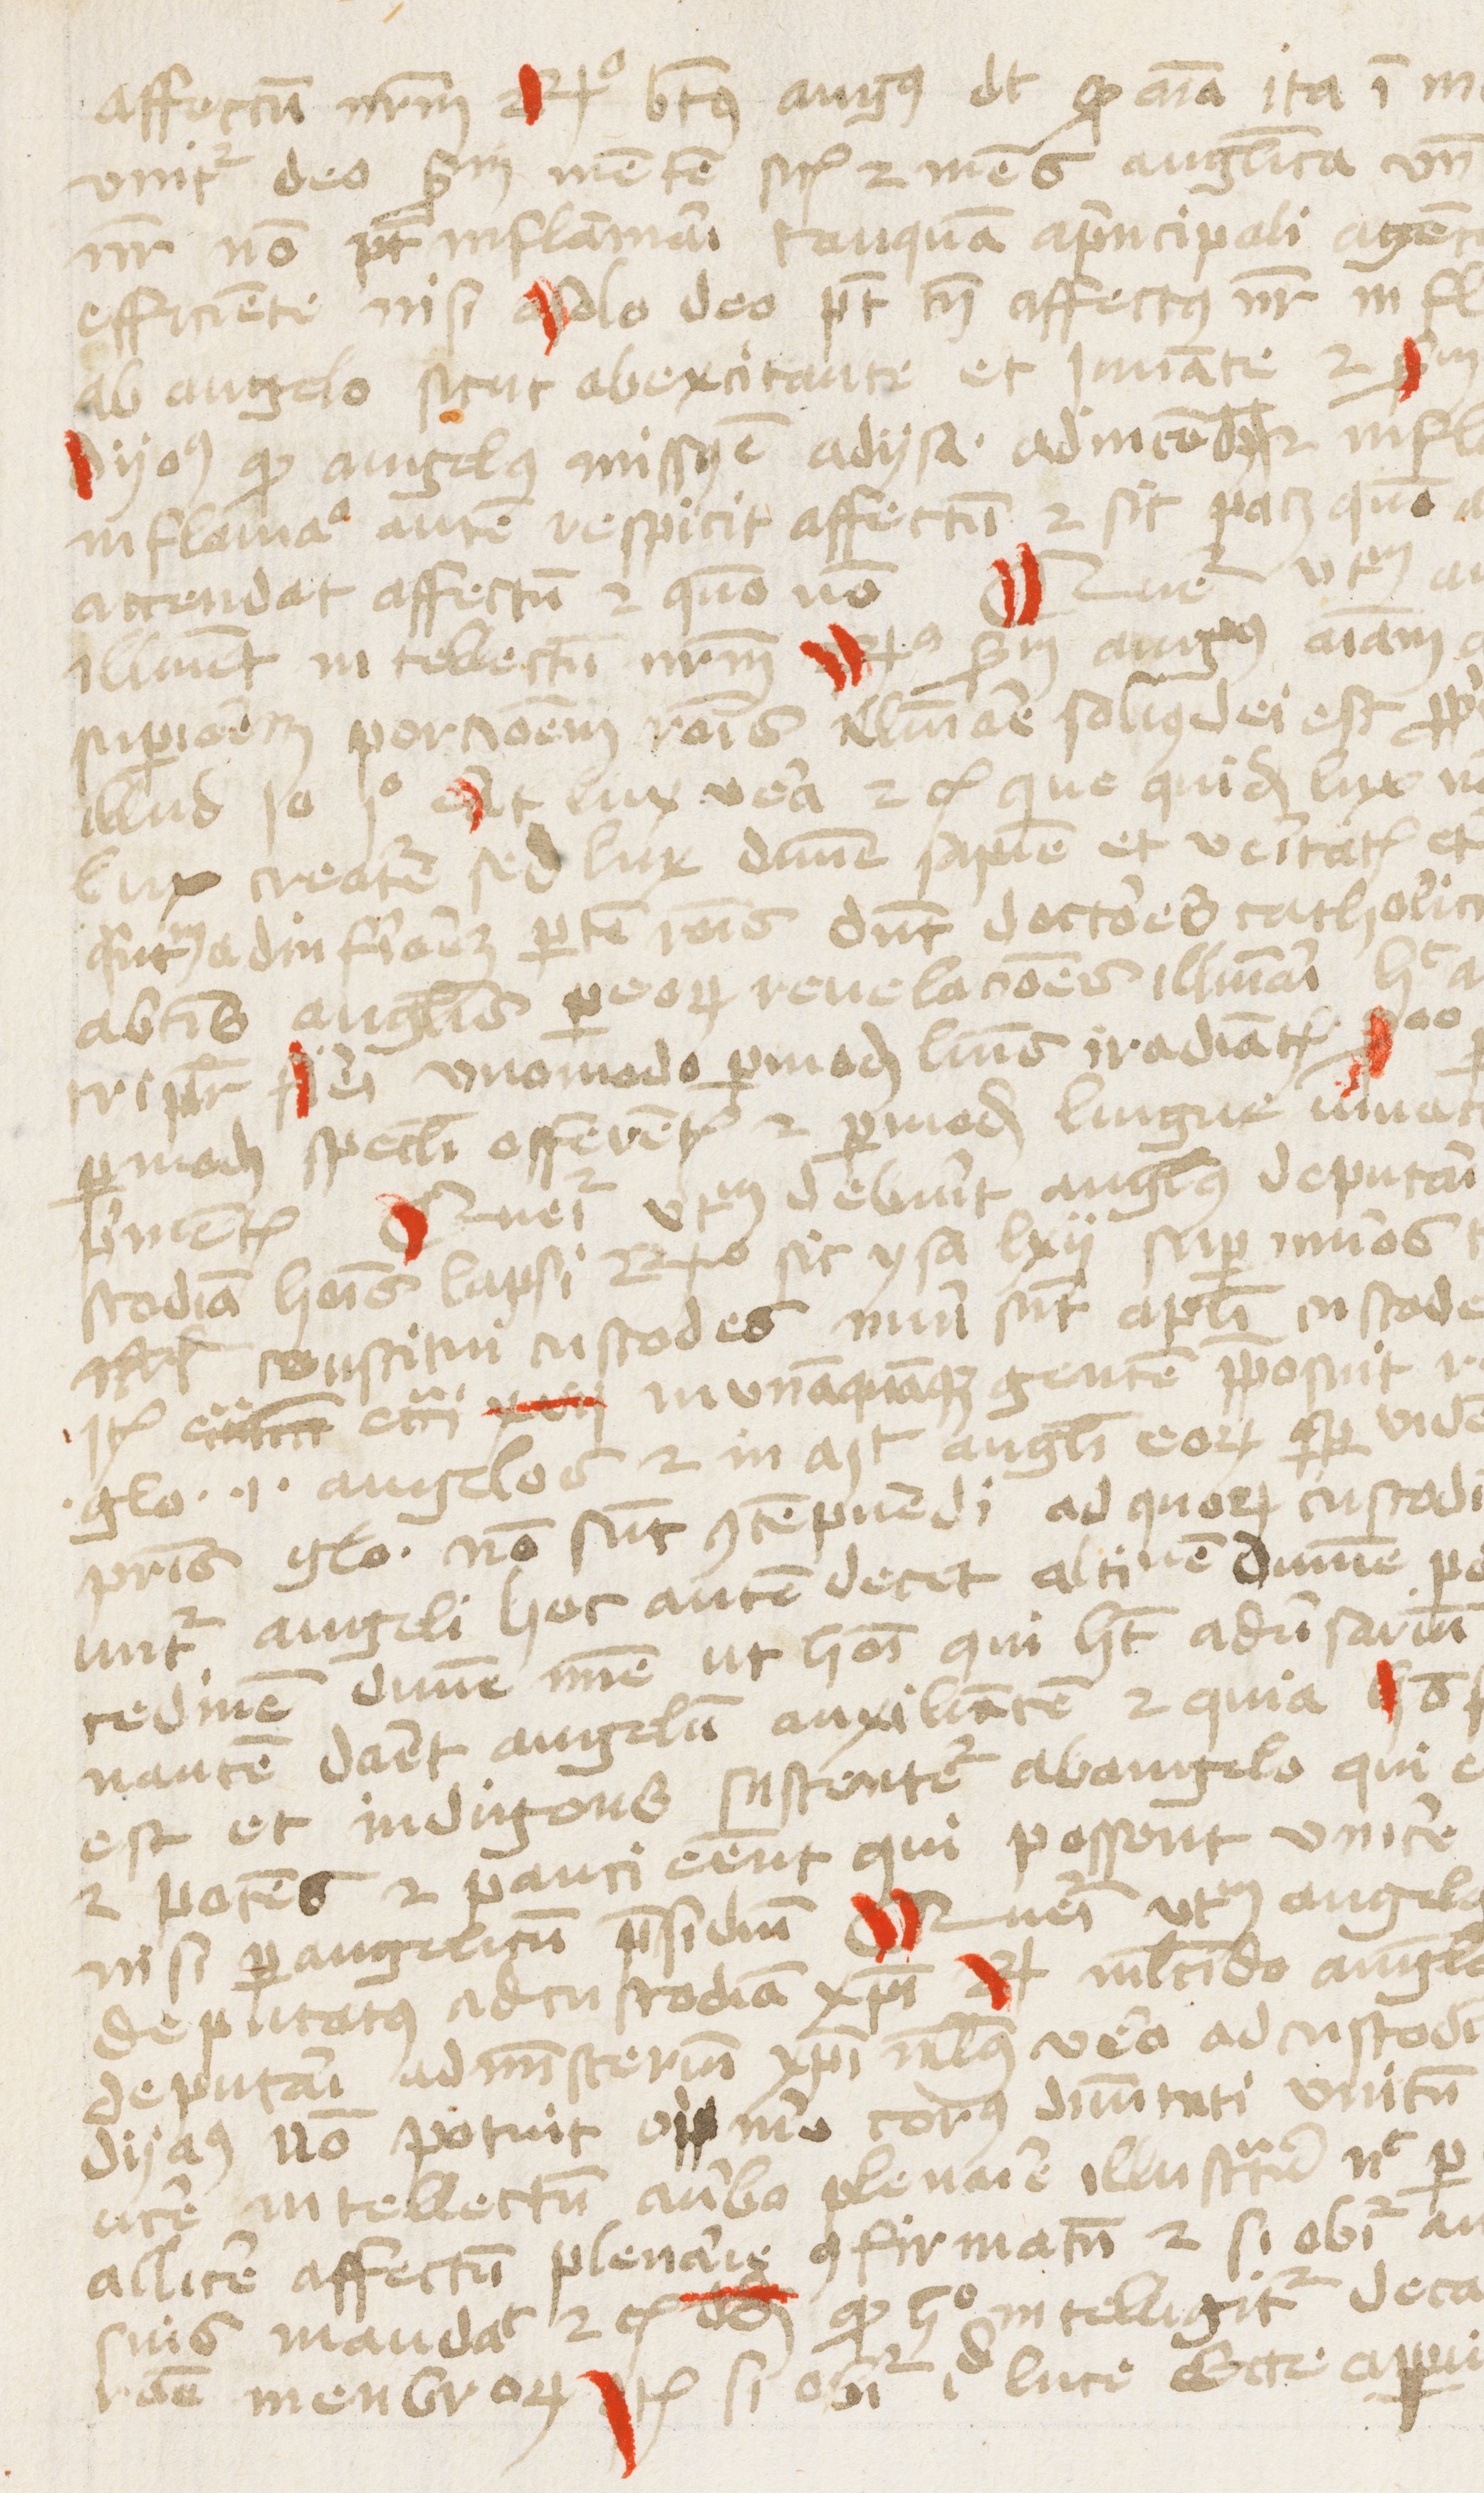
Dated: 1453–1454